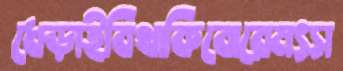
ধেড়াইবিথাকিবোরেমৎস